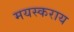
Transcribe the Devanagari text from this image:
मयस्कराय